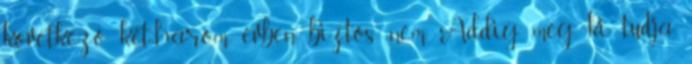
következő két-három évben biztos nem. Addig meg ki tudja,